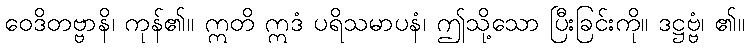
ဝေဒိတဗ္ဗာနိ၊ ကုန်၏။ ဣတိ ဣဒံ ပရိသမာပနံ၊ ဤသို့သော ပြီးခြင်းကို။ ဒဋ္ဌဗ္ဗံ၊ ၏။